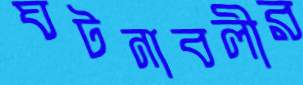
ঘটনাবলীর